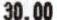
30.00